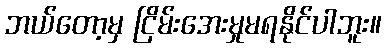
ဘယ်တော့မှ ငြိမ်းအေးမှုမရနိုင်ပါဘူး။